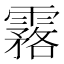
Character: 𩅬